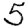
Digit: 5